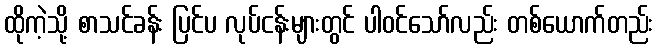
ထိုကဲ့သို့ စာသင်ခန်း ပြင်ပ လုပ်ငန်းများတွင် ပါဝင်သော်လည်း တစ်ယောက်တည်း